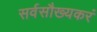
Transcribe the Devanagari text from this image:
सर्वसौख्यकरं